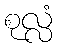
စုလ္လံ